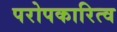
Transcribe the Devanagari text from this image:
परोपकारित्व